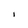
Character: I